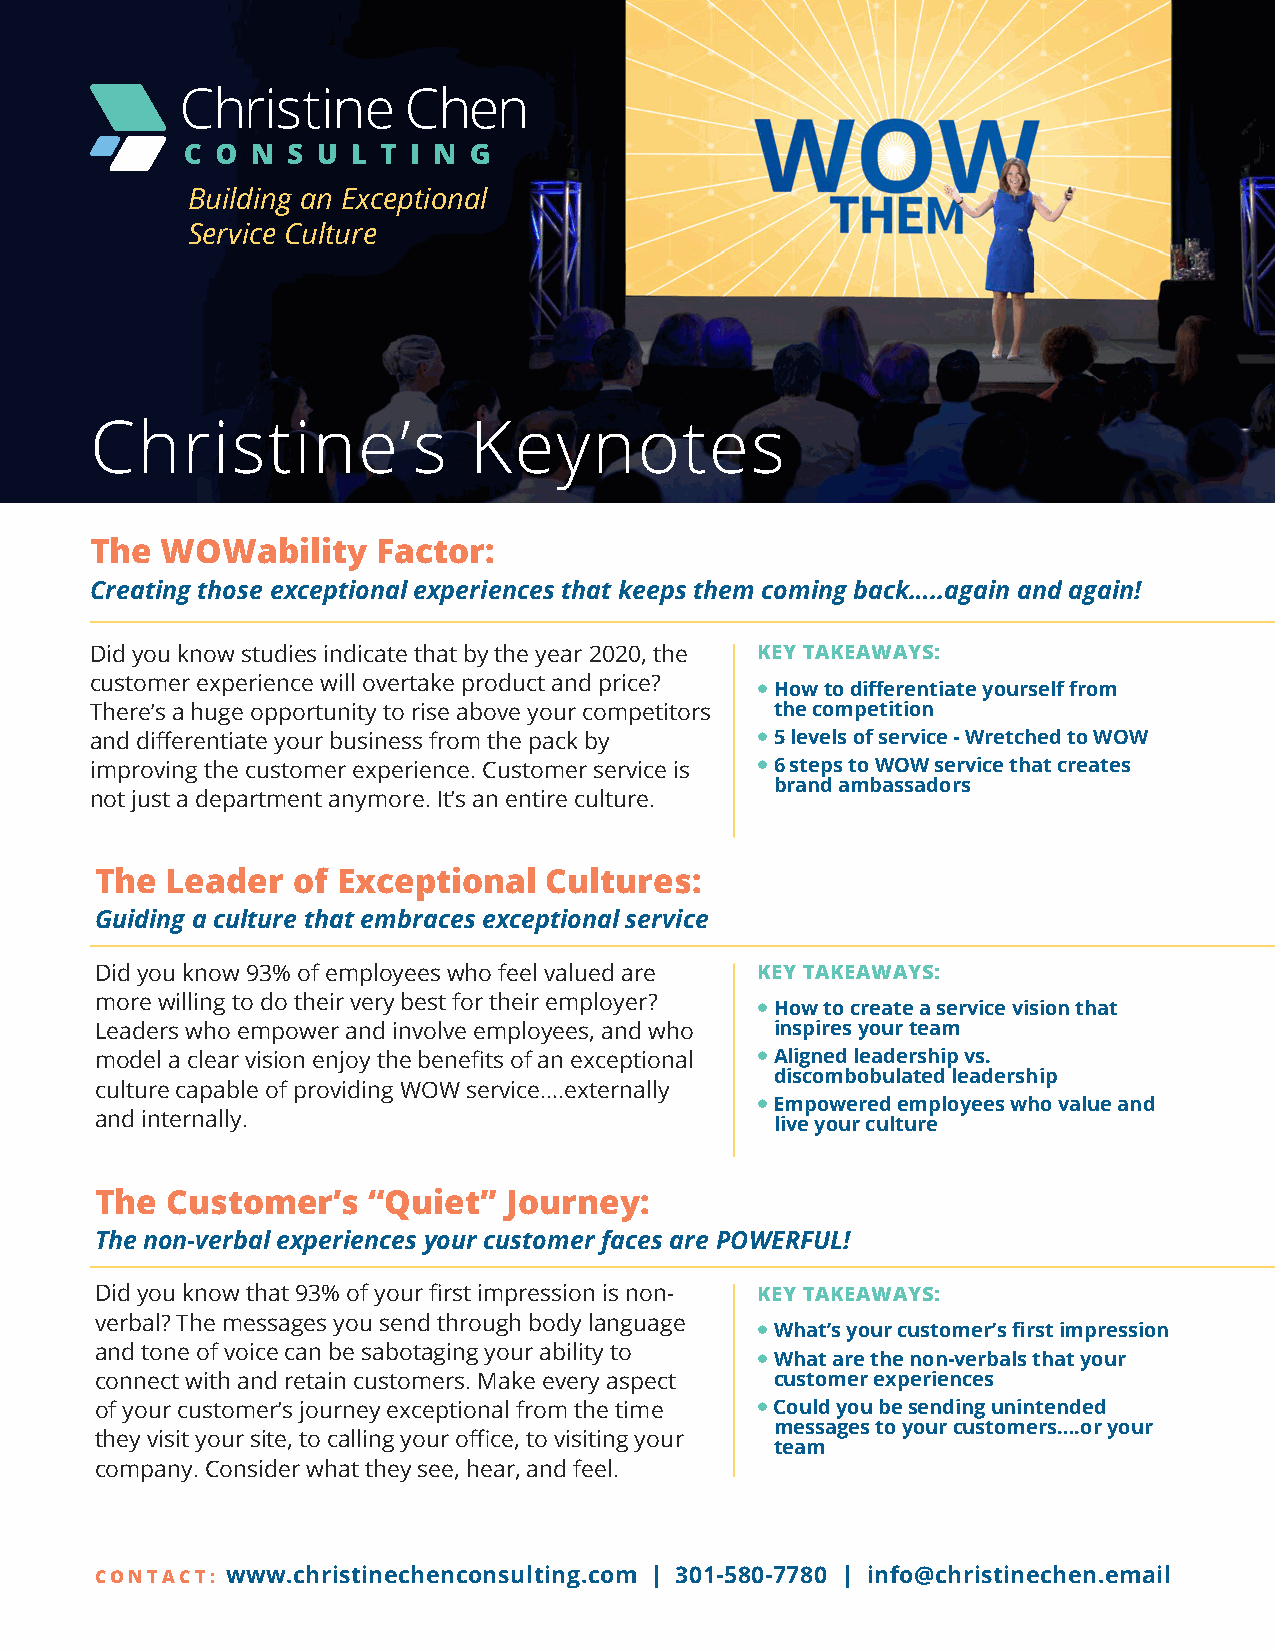
Building an Exceptional
 Service Culture
 Christine’s              Keynotes
 The  WOWability    Factor:
 Creating those exceptional experiences that keeps them coming back…..again and again!
 Did you know studies indicate that by the year 2020, the KEY TAKEAWAYS:
 customer experience will overtake product and price?
 l Howtodifferentiateyourselffrom
 There’s a huge opportunity to rise above your competitors the competition
 and differentiate your business from the pack by l 5 levels of service - Wretched to WOW
 improving the customer experience. Customer service is l 6 steps to WOW service that creates
 brand ambassadors
 not just a department anymore. It’s an entire culture.
 The  Leader  of Exceptional   Cultures:
 Guiding a culture that embraces exceptional service
 Did you know 93% of employees who feel valued are KEY TAKEAWAYS:
 more willing to do their very best for their employer?
 l How to create a service vision that
 Leaders who empower and involve employees, and who inspiresyourteam
 model a clear vision enjoy the benefits of an exceptional l Aligned leadership vs.
 discombobulated leadership
 culture capable of providing WOW service….externally
 l Empoweredemployeeswhovalueand
 and internally.
 liveyourculture
 The  Customer’s   “Quiet”   Journey:
 The non-verbal experiences your customer faces are POWERFUL!
 Did you know that 93% of your first impression is non- KEY TAKEAWAYS:
 verbal? The messages you send through body language
 l What’syourcustomer’sfirstimpression
 and tone of voice can be sabotaging your ability to
 l Whatarethenon-verbalsthatyour
 connect with and retain customers. Make every aspect customer experiences
 of your customer’s journey exceptional from the time l Couldyoubesendingunintended
 messagestoyourcustomers….oryour
 they visit your site, to calling your office, to visiting your
 team
 company. Consider what they see, hear, and feel.
 CONTACT: www.christinechenconsulting.com | 301-580-7780 | info@christinechen.email